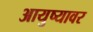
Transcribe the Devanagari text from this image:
आयुष्‍यावर